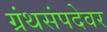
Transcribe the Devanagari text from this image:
ग्रंथसंपदेवर